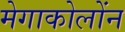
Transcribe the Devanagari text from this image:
मेगाकोलोंन